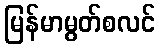
မြန်မာမွတ်စလင်